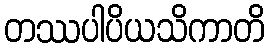
တဿပါပိယသိကာတိ